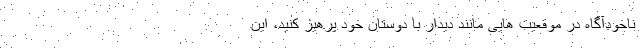
ناخودآگاه در موقعیت هایی مانند دیدار با دوستان خود پرهیز کنید، این